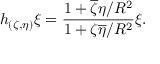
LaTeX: h _ { ( \zeta , \eta ) } \xi = \frac { 1 + \overline { { \zeta } } \eta / R ^ { 2 } } { 1 + \zeta \overline { { \eta } } / R ^ { 2 } } \xi .